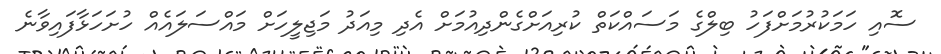
ސޮއި ހަމަކުރުމަށްފަހު ބިލްގެ މަސައްކަތް ކުރިއަށްގެންދިއުމަށް އެދި މިއަދު މަޖިލީހަށް މައްސަލައެއް ހުށަހަޅާފައިވާނެ